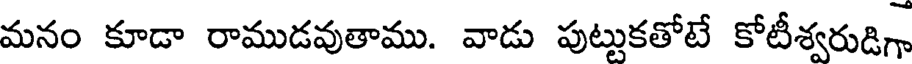
మనం కూడా రాముడవుతాము. వాడు పుట్టుకతోటే కోటీశ్వరుడిగా